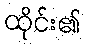
ထိုင်း၏